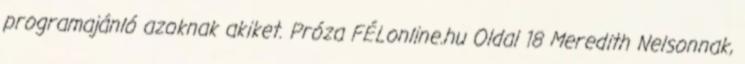
programajánló azoknak akiket. Próza FÉLonline.hu Oldal 18 Meredith Nelsonnak,